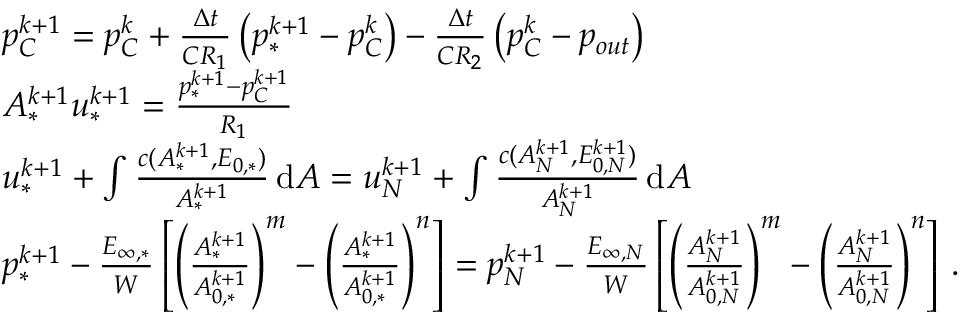
\begin{array} { r l } & { p _ { C } ^ { k + 1 } = p _ { C } ^ { k } + \frac { \Delta t } { C R _ { 1 } } \left( p _ { * } ^ { k + 1 } - p _ { C } ^ { k } \right) - \frac { \Delta t } { C R _ { 2 } } \left( p _ { C } ^ { k } - p _ { o u t } \right) } \\ & { A _ { * } ^ { k + 1 } u _ { * } ^ { k + 1 } = \frac { p _ { * } ^ { k + 1 } - p _ { C } ^ { k + 1 } } { R _ { 1 } } } \\ & { u _ { * } ^ { k + 1 } + \int \frac { c ( A _ { * } ^ { k + 1 } , E _ { 0 , * } ) } { A _ { * } ^ { k + 1 } } \, \mathrm { d } A = u _ { N } ^ { k + 1 } + \int \frac { c ( A _ { N } ^ { k + 1 } , E _ { 0 , N } ^ { k + 1 } ) } { A _ { N } ^ { k + 1 } } \, \mathrm { d } A } \\ & { p _ { * } ^ { k + 1 } - \frac { E _ { \infty , * } } { W } \left[ \left( \frac { A _ { * } ^ { k + 1 } } { A _ { 0 , * } ^ { k + 1 } } \right) ^ { m } - \left( \frac { A _ { * } ^ { k + 1 } } { A _ { 0 , * } ^ { k + 1 } } \right) ^ { n } \right] = p _ { N } ^ { k + 1 } - \frac { E _ { \infty , N } } { W } \left[ \left( \frac { A _ { N } ^ { k + 1 } } { A _ { 0 , N } ^ { k + 1 } } \right) ^ { m } - \left( \frac { A _ { N } ^ { k + 1 } } { A _ { 0 , N } ^ { k + 1 } } \right) ^ { n } \right] \, . } \end{array}